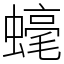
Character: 𧐢